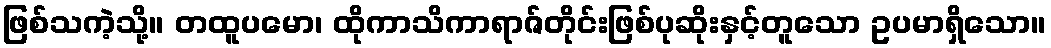
ဖြစ်သကဲ့သို့။ တထူပမော၊ ထိုကာသိကာရာဇ်တိုင်းဖြစ်ပုဆိုးနှင့်တူသော ဥပမာရှိသော။